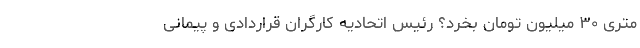
متری ۳۰ میلیون تومان بخرد؟ رئیس اتحادیه کارگران قراردادی و پیمانی